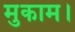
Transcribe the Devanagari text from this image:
मुकाम।